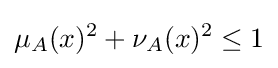
\mu _{A}(x)^{2}+\nu _{A}(x)^{2}\leq 1